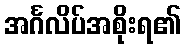
အင်္ဂလိပ်အစိုးရ၏